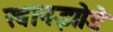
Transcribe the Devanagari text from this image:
खानझोडे